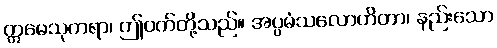
ဣမေသုကရာ၊ ဤဝက်တို့သည်။ အပ္ပမံသလောဟိတာ၊ နည်းသော